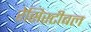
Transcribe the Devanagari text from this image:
रेसिस्टीबल